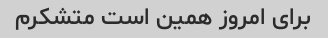
برای امروز همین است متشکرم